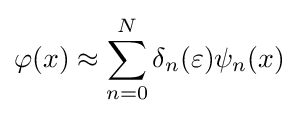
\varphi (x)\approx \sum _{n=0}^{N}\delta _{n}(\varepsilon )\psi _{n}(x)